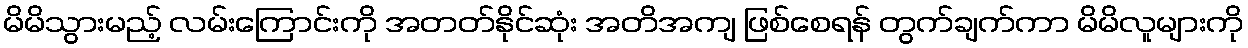
မိမိသွားမည့် လမ်းကြောင်းကို အတတ်နိုင်ဆုံး အတိအကျ ဖြစ်စေရန် တွက်ချက်ကာ မိမိလူများကို